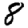
Digit: 8